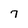
Character: 7